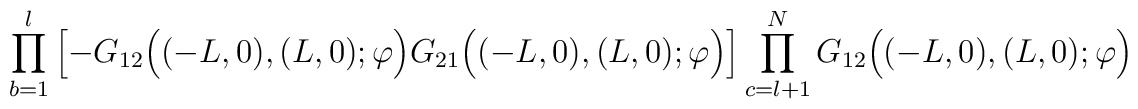
\prod_{b=1}^l \left[ - G_{12}\Big((-L,0),(L,0);\varphi\Big)G_{21}\Big((-L,0),(L,0);\varphi\Big) \right]\prod_{c=l+1}^N G_{12}\Big((-L,0),(L,0);\varphi\Big)